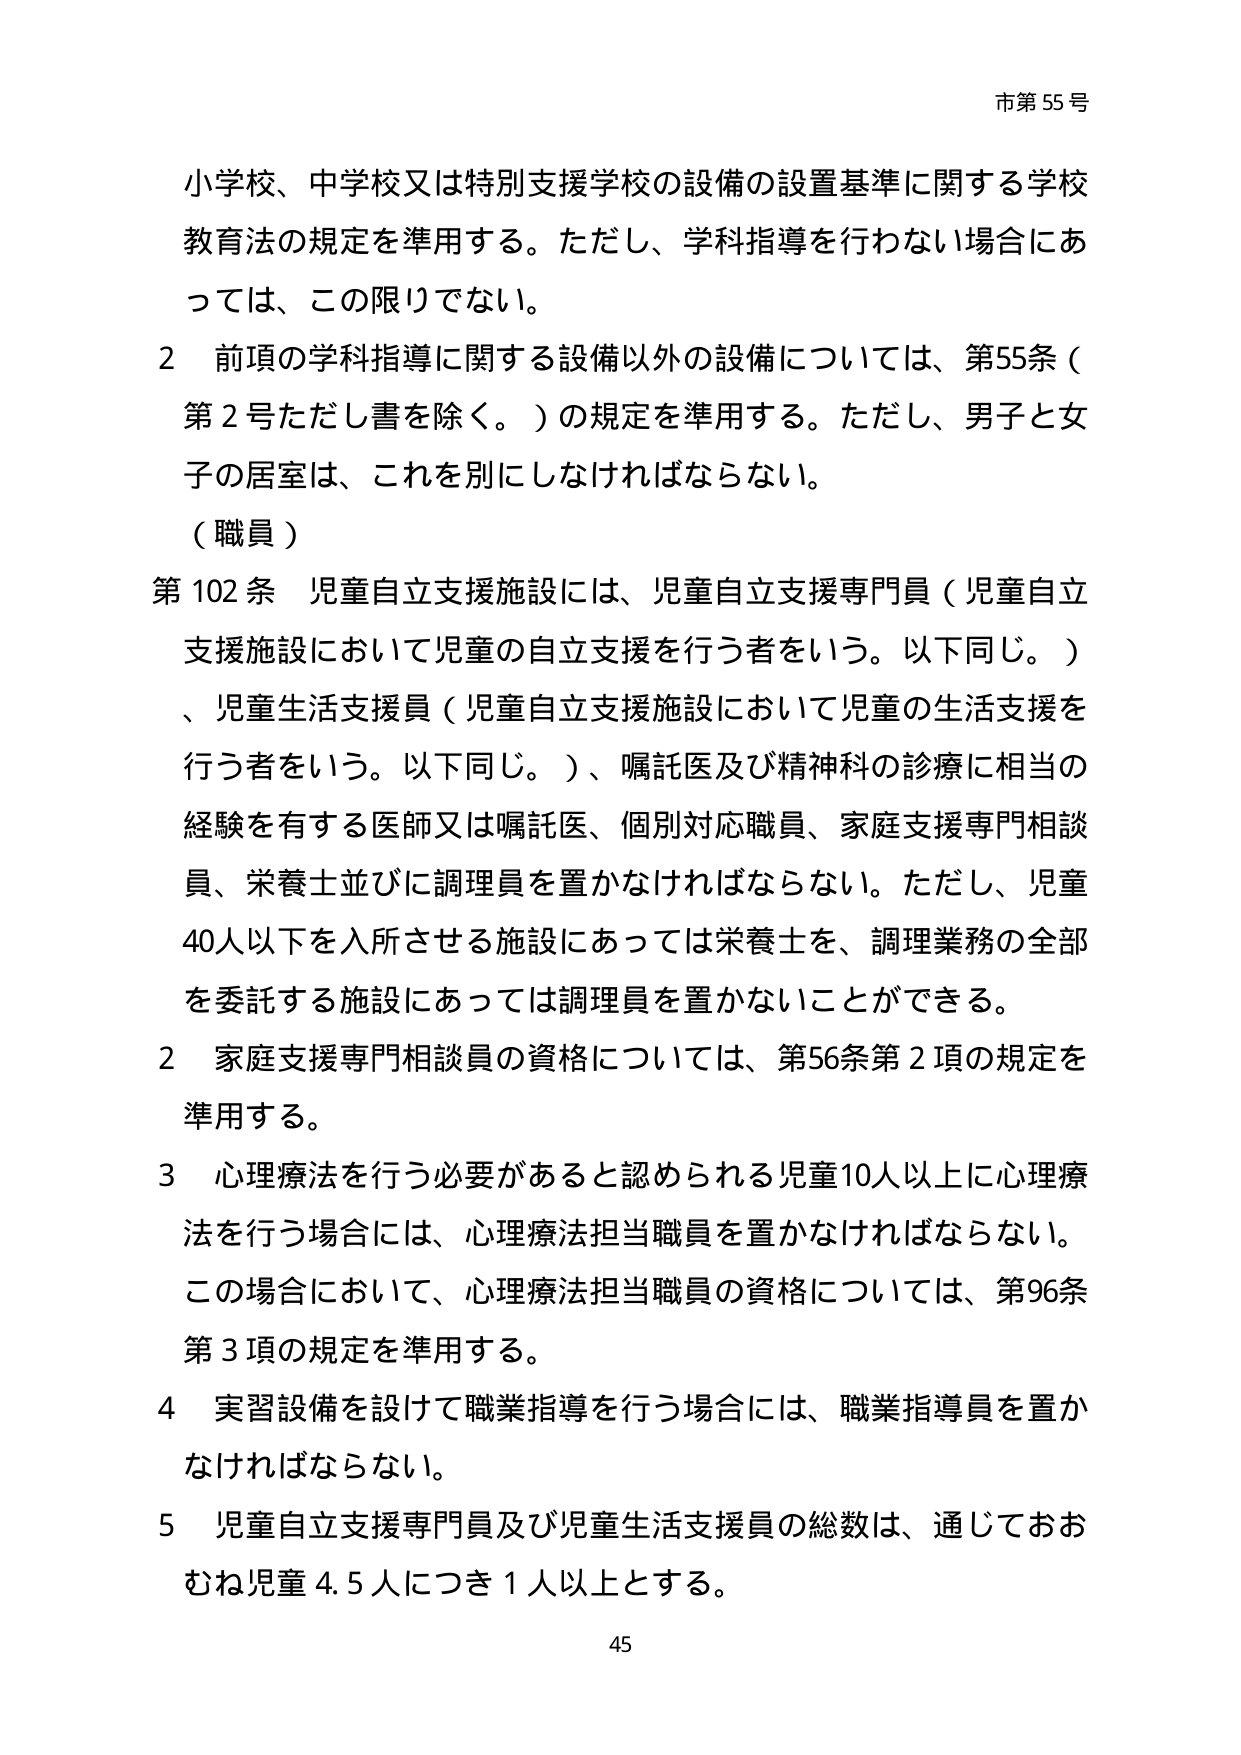
市第55号

小学校、中学校又は特別支援学校の設備の設置基準に関する学校教育法の規定を準用する。ただし、学科指導を行わない場合にあっては、この限りでない。

2 前項の学科指導に関する設備以外の設備については、第55条（第2号ただし書を除く。）の規定を準用する。ただし、男子と女子の居室は、これを別にしなければならない。

（職員）

第102条 児童自立支援施設には、児童自立支援専門員（児童自立支援施設において児童の自立支援を行う者をいう。以下同じ。）、児童生活支援員（児童自立支援施設において児童の生活支援を行う者をいう。以下同じ。）、嘱託医及び精神科の診療に相当の経験を有する医師又は嘱託医、個別対応職員、家庭支援専門相談員、栄養士並びに調理員を置かなければならない。ただし、児童40人以下を入所させる施設にあっては栄養士を、調理業務の全部を委託する施設にあっては調理員を置かないことができる。

2 家庭支援専門相談員の資格については、第56条第2項の規定を準用する。

3 心理療法を行う必要があると認められる児童10人以上に心理療法を行う場合には、心理療法担当職員を置かなければならない。この場合において、心理療法担当職員の資格については、第96条第3項の規定を準用する。

4 実習設備を設けて職業指導を行う場合には、職業指導員を置かなければならない。

5 児童自立支援専門員及び児童生活支援員の総数は、通じておおむね児童4.5人につき1人以上とする。

45